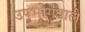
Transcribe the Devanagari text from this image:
उपभोगवाले